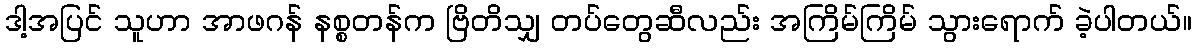
ဒါ့အပြင် သူဟာ အာဖဂန် နစ္စတန်က ဗြိတိသျှ တပ်တွေဆီလည်း အကြိမ်ကြိမ် သွားရောက် ခဲ့ပါတယ်။